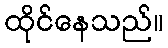
ထိုင်နေသည်။